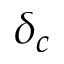
\delta _ { c }